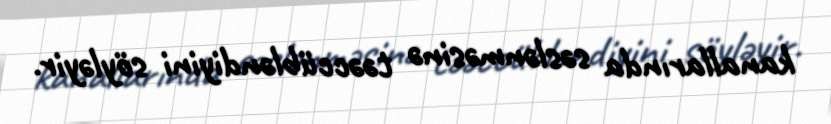
kanallarında səslənməsinə təəccübləndiyini söyləyir.